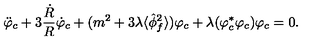
\ddot { \varphi } _ { c } + 3 \frac { \dot { R } } { R } \dot { \varphi } _ { c } + ( m ^ { 2 } + 3 \lambda \langle \hat { \phi } _ { f } ^ { 2 } \rangle ) \varphi _ { c } + \lambda ( \varphi _ { c } ^ { * } \varphi _ { c } ) \varphi _ { c } = 0 .